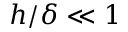
h / \delta \ll 1